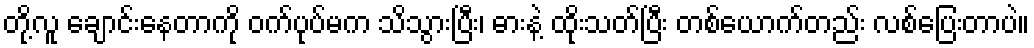
တို့လူ ချောင်းနေတာကို ဝက်ပုပ်မက သိသွားပြီး၊ ဓားနဲ့ ထိုးသတ်ပြီး တစ်ယောက်တည်း လစ်ပြေးတာပဲ။